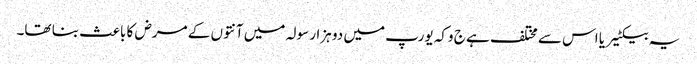
یہ بیکٹیریا اس سے مختلف ہے ج وکہ یورپ میں دو ہزار سولہ میں آنتوں کے مرض کا باعث بنا تھا۔